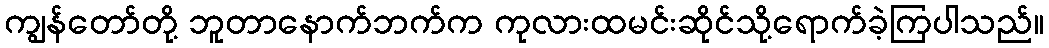
ကျွန်တော်တို့ ဘူတာနောက်ဘက်က ကုလားထမင်းဆိုင်သို့ရောက်ခဲ့ကြပါသည်။